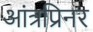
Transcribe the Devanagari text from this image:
आंत्रप्रिनर